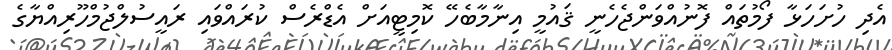
އެދި ހުށަހަޅާ ފޯމުތައް ފޮނުއްވަންޖެހެނީ ޤައުމީ އިނާމާބެހޭ ކޮމިޓީއަށް އެޑްރެސް ކުރައްވައި ރައީސުލްޖުމްހޫރިއްޔާގެ